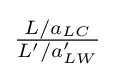
\textstyle {\frac {L/a_{LC}}{L'/a'_{LW}}}